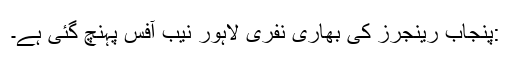
:پنجاب رینجرز کی بھاری نفری لاہور نیب آفس پہنچ گئی ہے۔